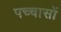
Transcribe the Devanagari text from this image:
पच्चासों